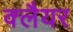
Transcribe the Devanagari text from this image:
क्लैयर